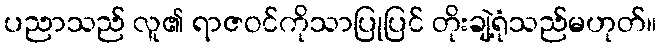
ပညာသည် လူ၏ ရာဇဝင်ကိုသာပြုပြင် တိုးချဲ့ရုံသည်မဟုတ်။